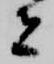
者